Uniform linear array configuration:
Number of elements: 32
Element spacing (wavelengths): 1
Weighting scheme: uniform
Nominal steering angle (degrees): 15
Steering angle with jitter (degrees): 13.404
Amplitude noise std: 0.05
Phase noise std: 0.05

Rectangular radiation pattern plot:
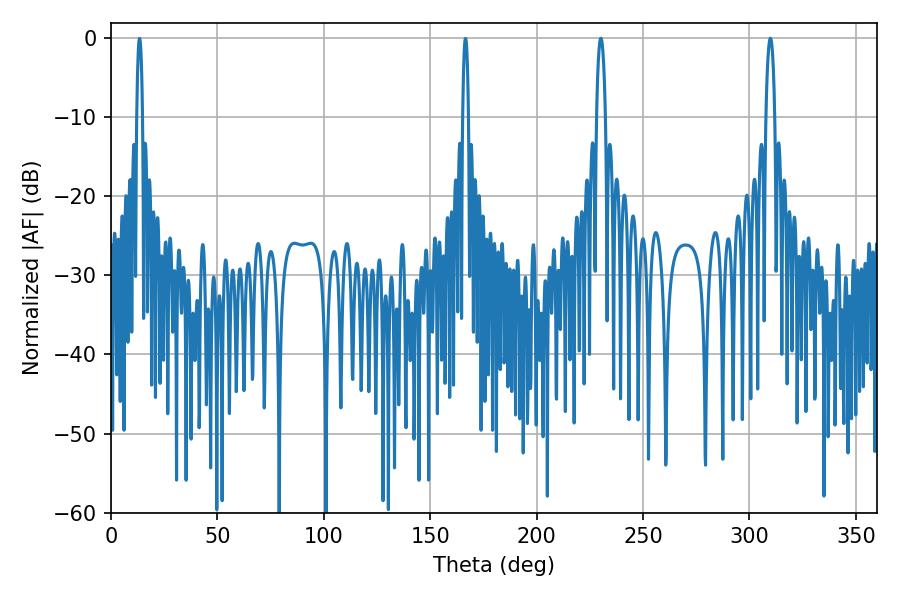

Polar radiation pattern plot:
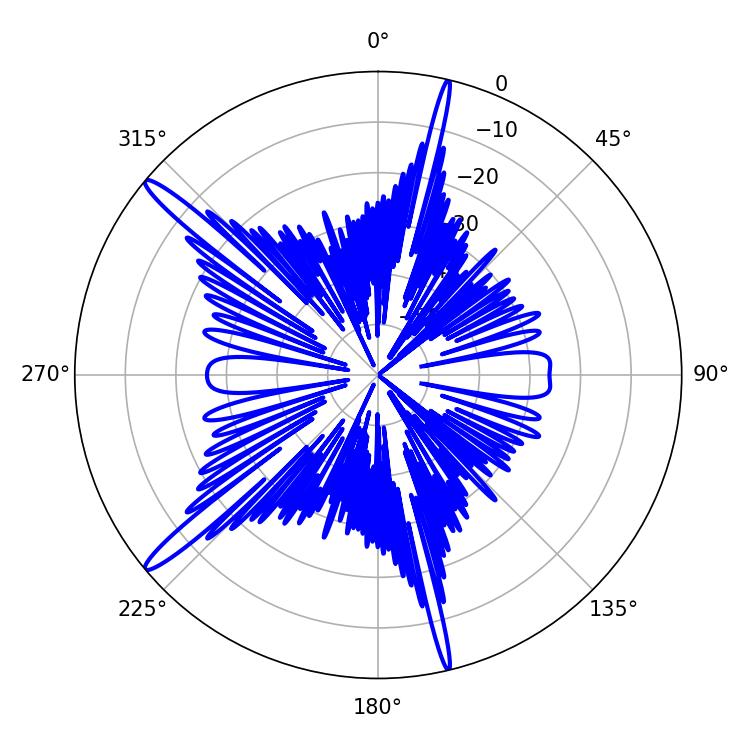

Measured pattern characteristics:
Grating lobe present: TRUE
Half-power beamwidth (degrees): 2.34
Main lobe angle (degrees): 309.78